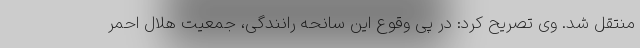
منتقل شد. وی تصریح کرد: در پی وقوع این سانحه رانندگی، جمعیت هلال احمر